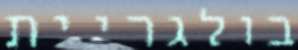
בולגריית